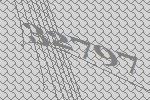
32797